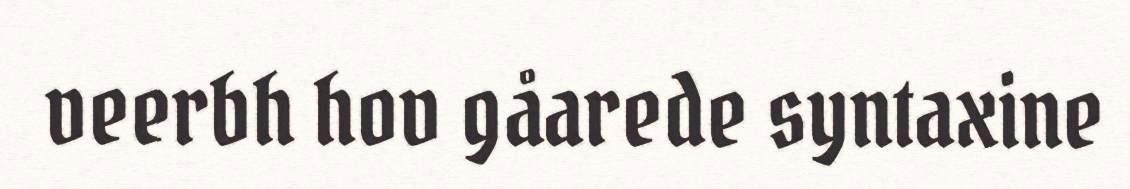
veerbh hov gåarede syntaxine